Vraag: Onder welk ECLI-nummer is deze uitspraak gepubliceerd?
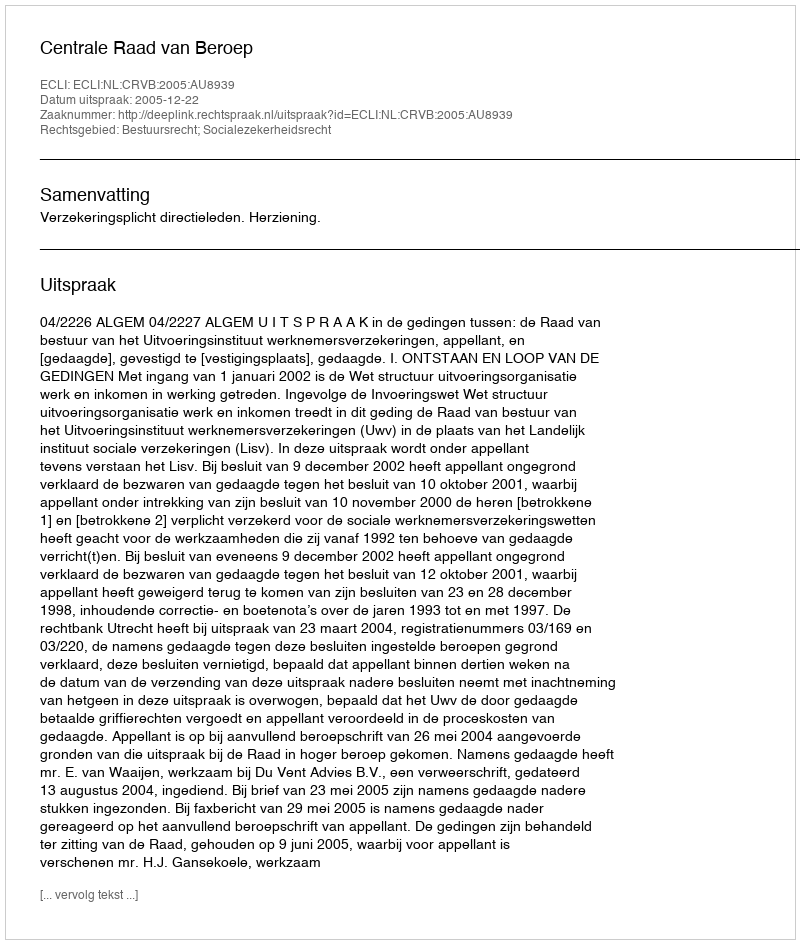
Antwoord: ECLI:NL:CRVB:2005:AU8939